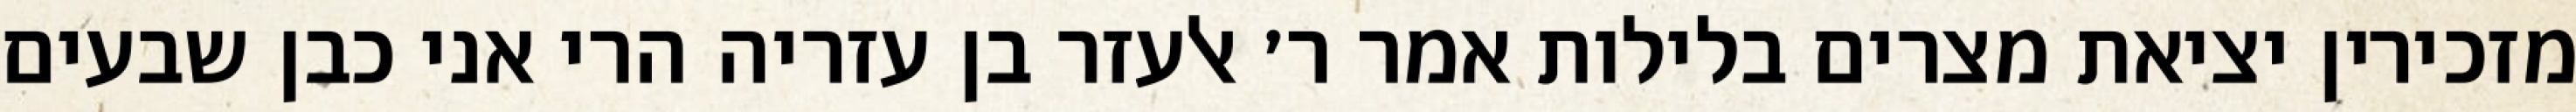
מזכירין יציאת מצרים בלילות אמר ר׳ אלעזר בן עזריה הרי אני כבן שבעים